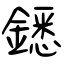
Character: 鏭